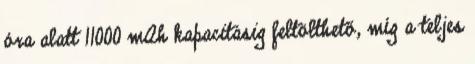
óra alatt 11000 mAh kapacitásig feltölthető, míg a teljes